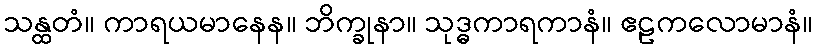
သန္ထတံ။ ကာရယမာနေန။ ဘိက္ခုနာ။ သုဒ္ဓကာရကာနံ။ ဧဠကလောမာနံ။